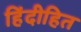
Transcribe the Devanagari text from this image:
हिंदीहित